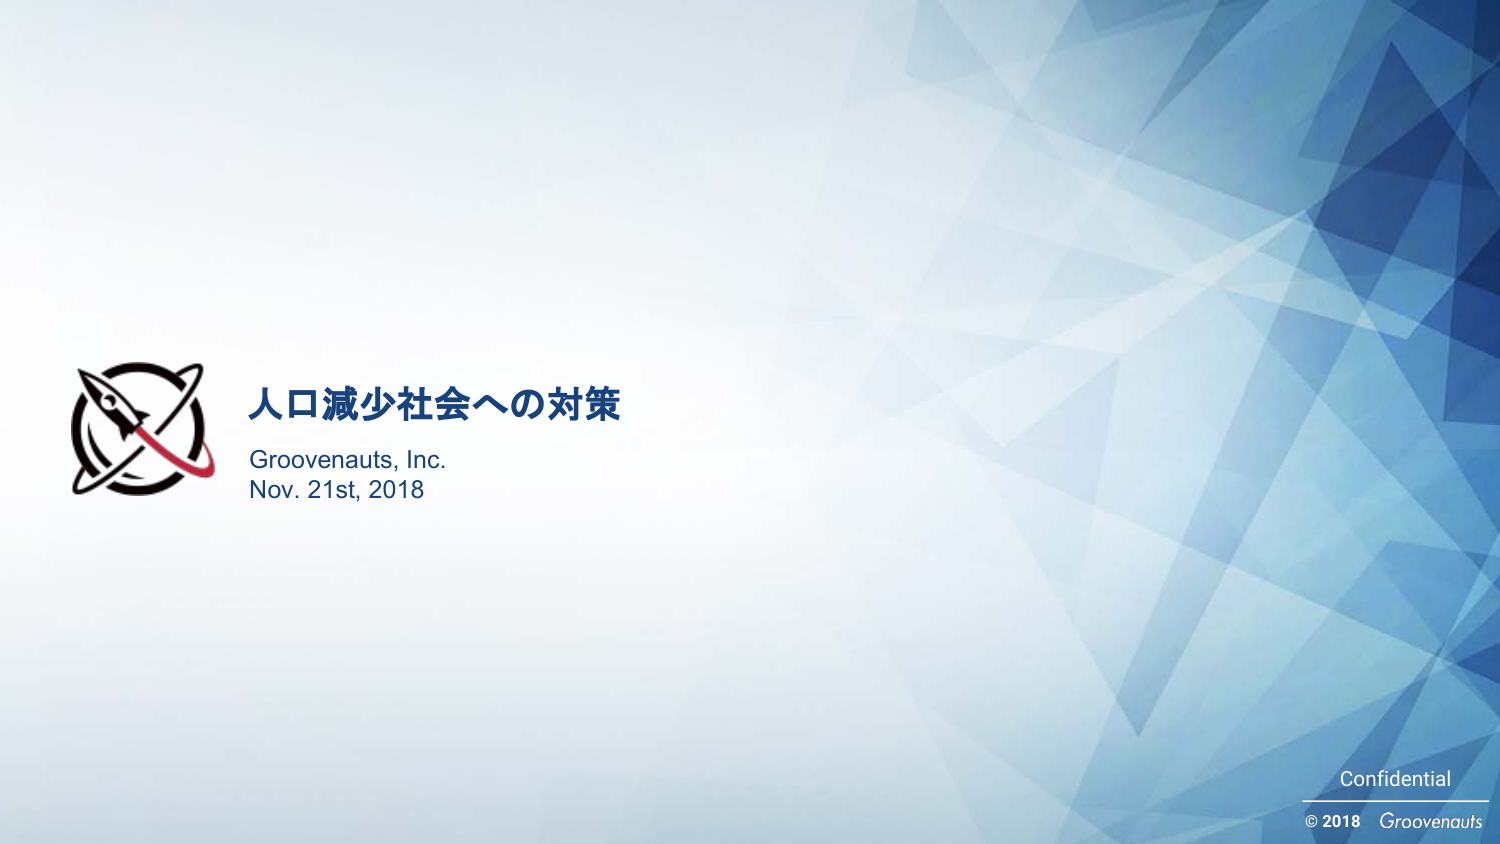
人口減少社会への対策
Groovenauts, Inc.
Nov. 21st, 2018
Confidential
© 2018 Groovenauts